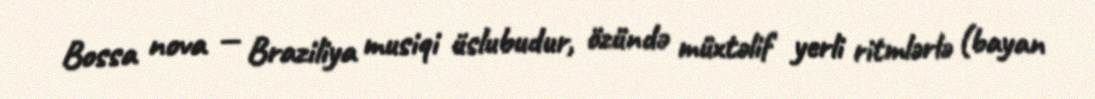
Bossa nova — Braziliya musiqi üslubudur, özündə müxtəlif yerli ritmlərlə (bayan